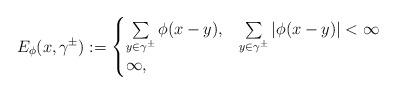
LaTeX: \begin{align*} E_{\phi}(x,\gamma^{\pm}) := \begin{cases} \sum \limits_{y \in \gamma^{\pm}}\phi(x-y), & \sum \limits_{y \in \gamma^{\pm}}|\phi(x-y)| < \infty \\ \infty, & \end{cases}\end{align*}